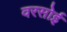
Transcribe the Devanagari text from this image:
वरसोई